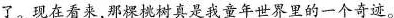
了。现在看来，那棵桃树真是我童年世界里的一个奇迹。